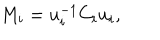
LaTeX: M _ { i } = u _ { i } ^ { - 1 } C _ { i } u _ { i } ,